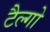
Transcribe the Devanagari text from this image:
टैल्गो